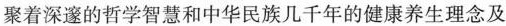
聚着深邃的哲学智慧和中华民族几千年的健康养生理念及